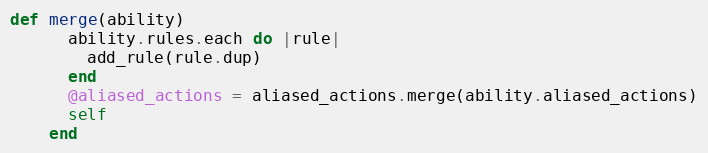
Language: Ruby
def merge(ability)
      ability.rules.each do |rule|
        add_rule(rule.dup)
      end
      @aliased_actions = aliased_actions.merge(ability.aliased_actions)
      self
    end